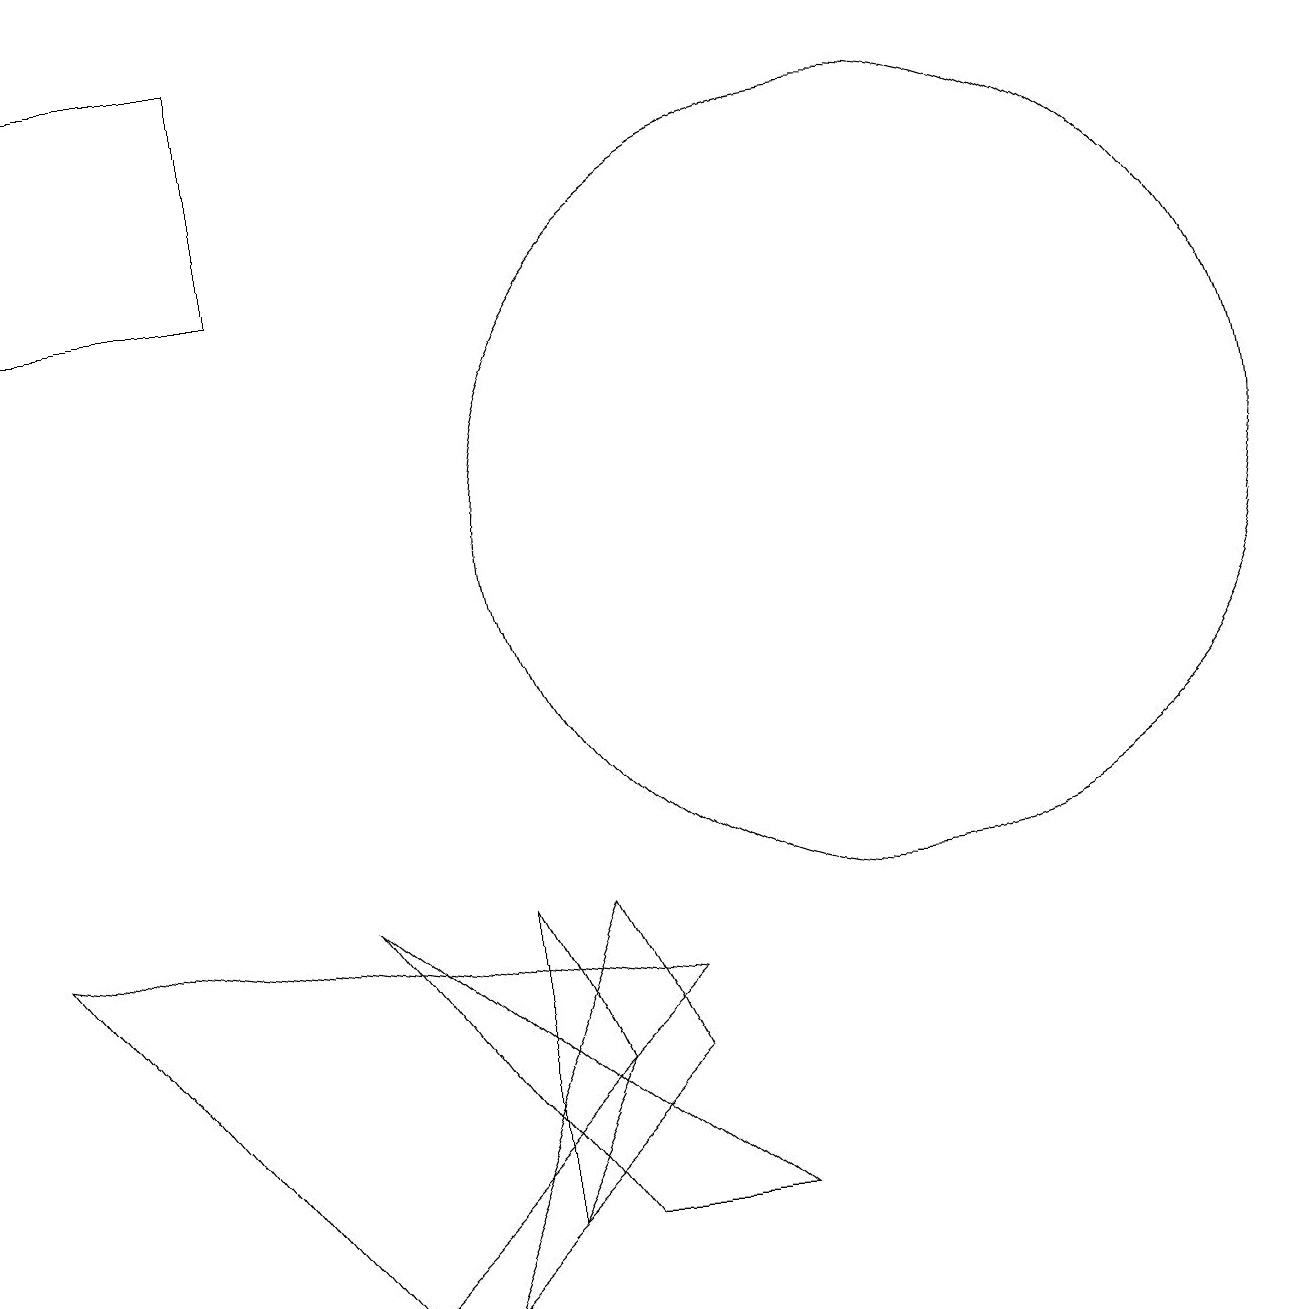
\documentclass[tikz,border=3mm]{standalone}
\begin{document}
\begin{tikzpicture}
\draw (9,1) -- (4,5) -- (7,1) -- cycle;
\draw (0,16) rectangle (3,13);
\draw (5,0) -- (8,3) -- (7,5) -- cycle;
\draw (6,1) -- (6,5) -- (7,3) -- cycle;
\draw (11,10) circle (5);
\draw (4,0) -- (0,5) -- (8,4) -- cycle;
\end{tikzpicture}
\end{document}